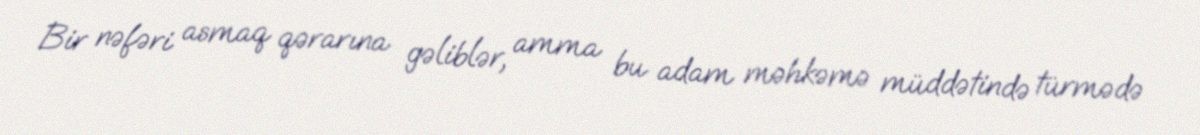
Bir nəfəri asmaq qərarına gəliblər, amma bu adam məhkəmə müddətində türmədə